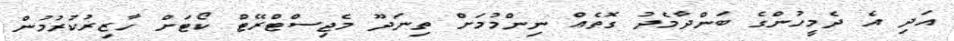
އަދި އެ ދެމީހުންގެ ބަންދާމެދު ގޮތެއް ނިންމުމަށް ތިނަދޫ މެޖިސްޓްރޭޓް ކޯޓަށް ހާޒިރުކުރުމުން